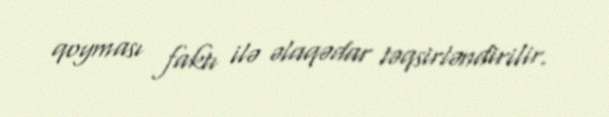
qoyması faktı ilə əlaqədar təqsirləndirilir.